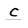
Character: c